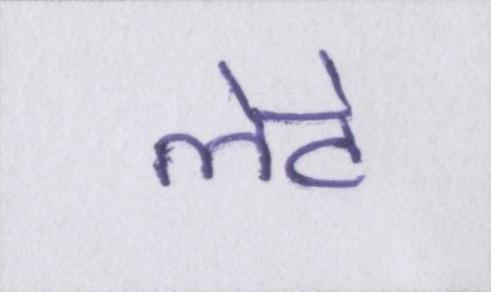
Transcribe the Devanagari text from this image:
लेटे